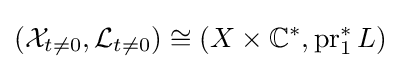
({\mathcal {X}}_{t\neq 0},{\mathcal {L}}_{t\neq 0})\cong (X\times \mathbb {C} ^{*},\operatorname {pr} _{1}^{*}L)